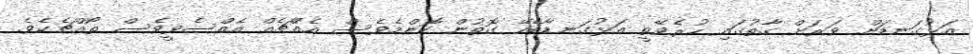
އަޅުގަނޑަށް ވަރަށް ގާތުގައި ހުރެވޭތީ އަޅުގަނޑާބެހޭ ގޮތުން ކޮންމެވެސް އެއްޗެއް އެއްސެވީވެސް ތޯއްޗެކެވެ.